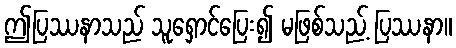
ဤပြဿနာသည် သူရှောင်ပြေး၍ မဖြစ်သည့် ပြဿနာ။